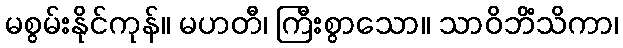
မစွမ်းနိုင်ကုန်။ မဟတီ၊ ကြီးစွာသော။ သာဝိဘိံသိကာ၊